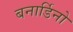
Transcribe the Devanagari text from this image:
बनार्डिनो